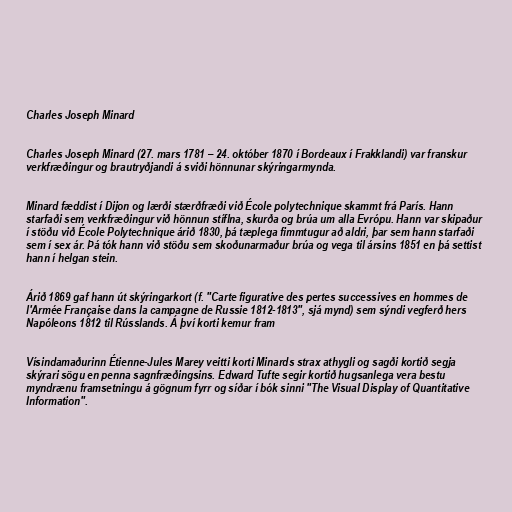
Charles Joseph Minard

Charles Joseph Minard (27. mars 1781 – 24. október 1870 í Bordeaux í Frakklandi) var franskur
verkfræðingur og brautryðjandi á sviði hönnunar skýringarmynda.

Minard fæddist í Dijon og lærði stærðfræði við École polytechnique skammt frá París. Hann
starfaði sem verkfræðingur við hönnun stíflna, skurða og brúa um alla Evrópu. Hann var skipaður
í stöðu við École Polytechnique árið 1830, þá tæplega fimmtugur að aldri, þar sem hann starfaði
sem í sex ár. Þá tók hann við stöðu sem skoðunarmaður brúa og vega til ársins 1851 en þá settist
hann í helgan stein.

Árið 1869 gaf hann út skýringarkort (f. "Carte figurative des pertes successives en hommes de
l'Armée Française dans la campagne de Russie 1812-1813", sjá mynd) sem sýndi vegferð hers
Napóleons 1812 til Rússlands. Á því korti kemur fram

Vísindamaðurinn Étienne-Jules Marey veitti korti Minards strax athygli og sagði kortið segja
skýrari sögu en penna sagnfræðingsins. Edward Tufte segir kortið hugsanlega vera bestu
myndrænu framsetningu á gögnum fyrr og síðar í bók sinni "The Visual Display of Quantitative
Information".